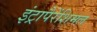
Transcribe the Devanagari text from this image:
इंट्रापैरेंशिमल